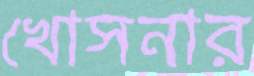
খোসনার